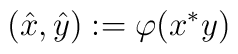
\left( \hat{x},\hat{y}\right) :=\varphi (x^{*}y)